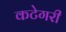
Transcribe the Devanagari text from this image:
कटेगरी